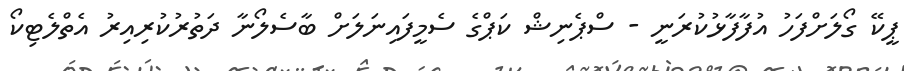
ޕީކޭ ގޯލަށްފަހު އުފާފާޅުކުރަނީ - ސްޕެނިޝް ކަޕްގެ ސެމީފައިނަލަށް ބާސެލޯނާ ދަތުރުކުރިއިރު އެތްލެޓިކޯ